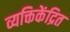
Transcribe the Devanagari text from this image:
व्यक्तिकेंद्रित